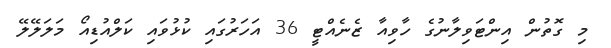
މި ގޮތުން އިންޓަވިލާނުގެ ހާވިއާ ޒެނެއްޓީ 36 އަހަރުގައި ކުޅުވައި ކަލްއުޑިއޯ މަލަލޭލޭ